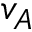
v _ { A }